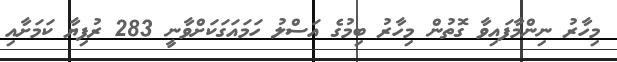
މިހާރު ނިންމާފައިވާ ގޮތުން މިހާރު ބިމުގެ އަސްލު ހަމައަގަކަށްވާނީ 283 ރުފިޔާ ކަމަށާއި